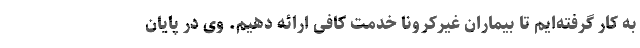
به کار گرفته‌ایم تا بیماران غیرکرونا خدمت کافی ارائه دهیم. وی در پایان